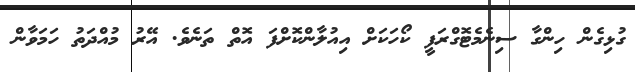
ގުޅިގެން ހިންގާ ސިނެމެޓޮގްރަފީ ކޯހަކަށް އިއުލާންކޮށްފަ އޮތް ތަނެވެ. އޭރު މުއްދަތު ހަމަވާން